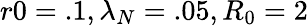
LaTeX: r0=.1,\lambda_{N}=.05,R_{0}=2